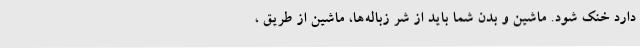
دارد خنک شود. ماشین و بدن شما باید از شر زباله‌ها، ماشین از طریق ،